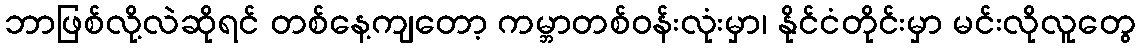
ဘာဖြစ်လို့လဲဆိုရင် တစ်နေ့ကျတော့ ကမ္ဘာတစ်ဝန်းလုံးမှာ၊ နိုင်ငံတိုင်းမှာ မင်းလိုလူတွေ